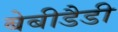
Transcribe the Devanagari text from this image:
बेबीडैडी